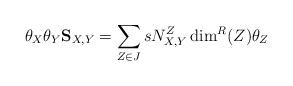
LaTeX: \begin{align*} \theta_X\theta_Y\mathbf{S}_{X,Y}=\sum_{Z\in J}sN_{X,Y}^Z\dim^R(Z)\theta_Z\end{align*}